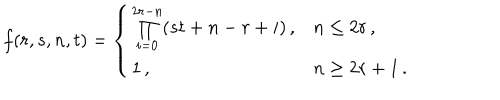
LaTeX: f ( r , s , n , t ) = \left\{ \begin{array} { l l } { { \prod _ { i = 0 } ^ { 2 r - n } ( s t + n - r + i ) \, , } } & { { n \leq 2 r \, , } } \\ { { 1 \, , } } & { { n \geq 2 r + 1 \, . } } \\ \end{array} \right.